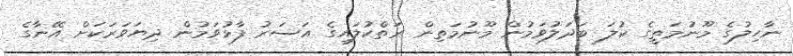
ނާހިލުގެ މޫނުމަތީގެ ކުލަ ބަދަލުވަމުން މޫނުމަތިން ރަތްކުލައިގެ އަސަރު ފާޅުވަމުން ދިޔަވަރަކަށް އޭނާގެ